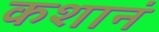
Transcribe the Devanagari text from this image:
कशानं